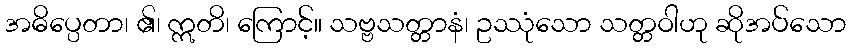
အဓိပ္ပေတာ၊ ၏၊ ဣတိ၊ ကြောင့်။ သဗ္ဗသတ္တာနံ၊ ဥဿုံသော သတ္တဝါဟု ဆိုအပ်သော